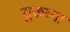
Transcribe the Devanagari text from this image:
सुकय्ना